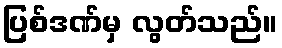
ပြစ်ဒဏ်မှ လွတ်သည်။